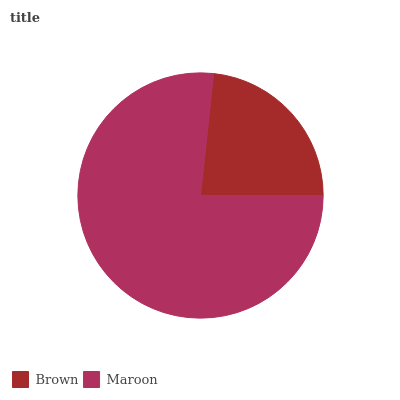
| Brown | Maroon |
 | --- | --- |
 | 23.2% | 76.8% |